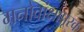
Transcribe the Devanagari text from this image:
मनोवांक्षापूरक